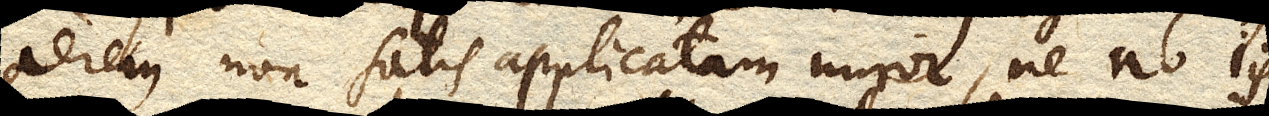
aerem non satis applicatam miror, ne ab iis